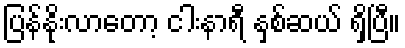
ပြန်နိုးလာတော့ ငါးနာရီ နှစ်ဆယ် ရှိပြီ။